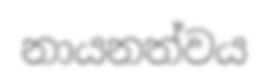
නායනත්වය